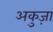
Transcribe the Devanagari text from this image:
अकुज़ा